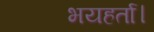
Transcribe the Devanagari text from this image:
भयहर्ता।